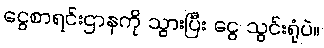
ငွေစာရင်းဌာနကို သွားပြီး ငွေ သွင်းရုံပဲ။